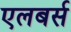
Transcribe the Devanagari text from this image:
एलबर्स